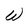
Character: W